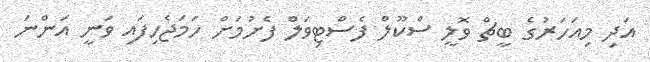
އަދި މިއަހަރުގެ ބީޗް ވޮލީ ސްކޫލް ފެސްޓިވަލް ފެށުމަށް ހަމަޖެހިފައި ވަނީ އަންނަ